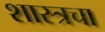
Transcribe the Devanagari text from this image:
शास्त्रचा